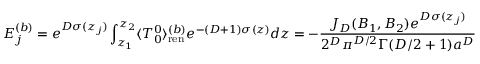
E _ { j } ^ { ( b ) } = e ^ { D \sigma ( z _ { j } ) } \int _ { z _ { 1 } } ^ { z _ { 2 } } \langle T _ { 0 } ^ { 0 } \rangle _ { { \mathrm { r e n } } } ^ { ( b ) } e ^ { - ( D + 1 ) \sigma ( z ) } d z = - \frac { J _ { D } ( B _ { 1 } , B _ { 2 } ) e ^ { D \sigma ( z _ { j } ) } } { 2 ^ { D } \pi ^ { D / 2 } \Gamma ( D / 2 + 1 ) a ^ { D } } .